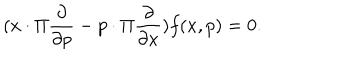
( x \cdot \Pi \frac { \partial } { \partial p } - p \cdot \Pi \frac { \partial } { \partial x } ) f ( x , p ) = 0 .